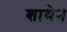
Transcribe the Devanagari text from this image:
शायेन